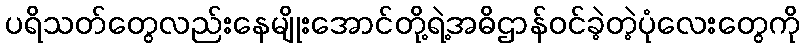
ပရိသတ်တွေလည်းနေမျိုးအောင်တို့ရဲ့အဓိဌာန်ဝင်ခဲ့တဲ့ပုံလေးတွေကို